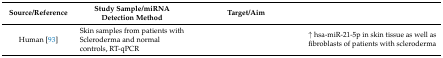
<table><thead><tr><td><b>Source/Reference</b></td><td><b>Study Sample/miRNA Detection Method</b></td><td><b>Target/Aim</b></td><td>[EMPTY_CELL]</td></tr></thead><tbody><tr><td>Human [93]</td><td>Skin samples from patients with Scleroderma and normal controls, RT-qPCR</td><td>[EMPTY_CELL]</td><td>↑ hsa-miR-21-5p in skin tissue as well as fibroblasts of patients with scleroderma</td></tr></tbody></table>